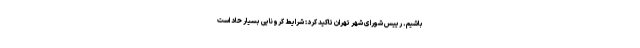
باشیم. رییس شورای شهر تهران تاکید کرد: شرایط کرونایی بسیار حاد است